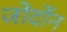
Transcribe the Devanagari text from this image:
जोर्दोन